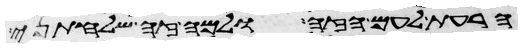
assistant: הרעת לעם הזה ולמה זה שלחתני